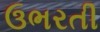
ઉભરતી